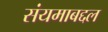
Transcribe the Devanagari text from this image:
संयमाबद्दल